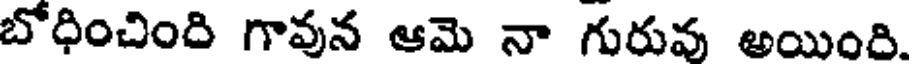
బోధించింది గావున ఆమె నా గురువ అయింది.